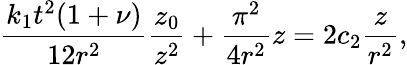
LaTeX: \frac{k_{1}t^{2}(1+\nu)}{12r^{2}}\frac{z_{0}}{z^{2}}+\frac{\pi^{2}}{4r^{2}}z=2c_{2}\frac{z}{r^{2}},